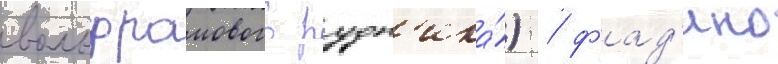
вольфрамового рудн'ика́) / фад'ино